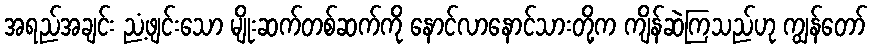
အရည်အချင်း ညံ့ဖျင်းသော မျိုးဆက်တစ်ဆက်ကို နောင်လာနောင်သားတို့က ကျိန်ဆဲကြသည်ဟု ကျွန်တော်